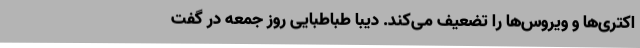
اکتری‌ها و ویروس‌ها را تضعیف می‌کند. دیبا طباطبایی روز جمعه در گفت